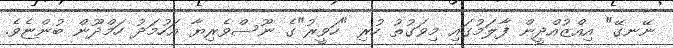
ނޭނގޭ" އިއްޒުއްދީން ފާލަމުގައި މިވަގުތު ހުރި "ހަވީރު"ގެ ނޫސްވެރިޔާ އަހުމަދު ހަމްދޫން ބުންޏެވެ.